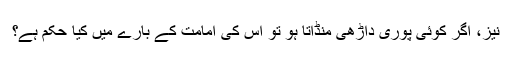
نیز، اگر کوئی پوری داڑھی منڈاتا ہو تو اس کی امامت کے بارے میں کیا حکم ہے؟